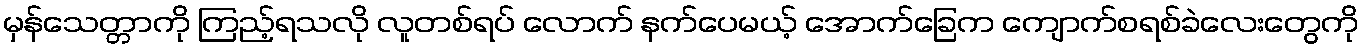
မှန်သေတ္တာကို ကြည့်ရသလို လူတစ်ရပ် လောက် နက်ပေမယ့် အောက်ခြေက ကျောက်စရစ်ခဲလေးတွေကို